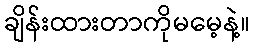
ချိန်းထားတာကိုမမေ့နဲ့။